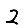
Digit: 2